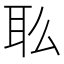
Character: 𰭳